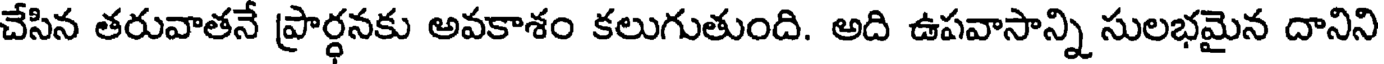
చేసిన తరువాతనే ప్రార్ధనకు అవకాశం కలుగుతుంది. అది ఉపవాసాన్ని సులభమైన దానిని